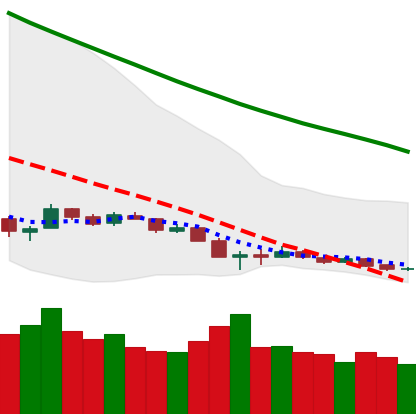
Ticker: ETH-USD
Chart end date: 2018-12-15
Forward return: 37.631%
Label: up_7plus